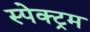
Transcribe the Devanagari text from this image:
स्पेक्‍ट्रम